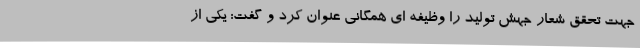
جهت تحقق شعار جهش تولید را وظیفه ای همگانی عنوان کرد و گفت: یکی از